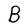
Character: B